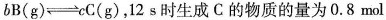
b \mathrm{~B}(\mathrm{~g}) \rightleftharpoons c \mathrm{C}(\mathrm{g})，12s时生成C的物质的量为0.8 \mathrm{~mol}